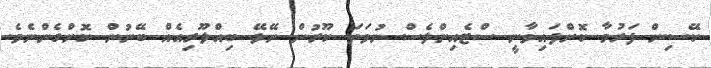
ކޭސިން ފަރުމާ ކޮށްފައިވާނީ ސްޓެއިންލެސް ނުވަތަ ކޫރުން ނޭޅޭ ބިއްލޫރިއެއް ބޭނުން ކޮށްގެންނެވެ.